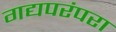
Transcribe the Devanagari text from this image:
गद्यपरंपरा